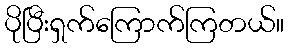
ပိုပြီးရှက်ကြောက်ကြတယ်။